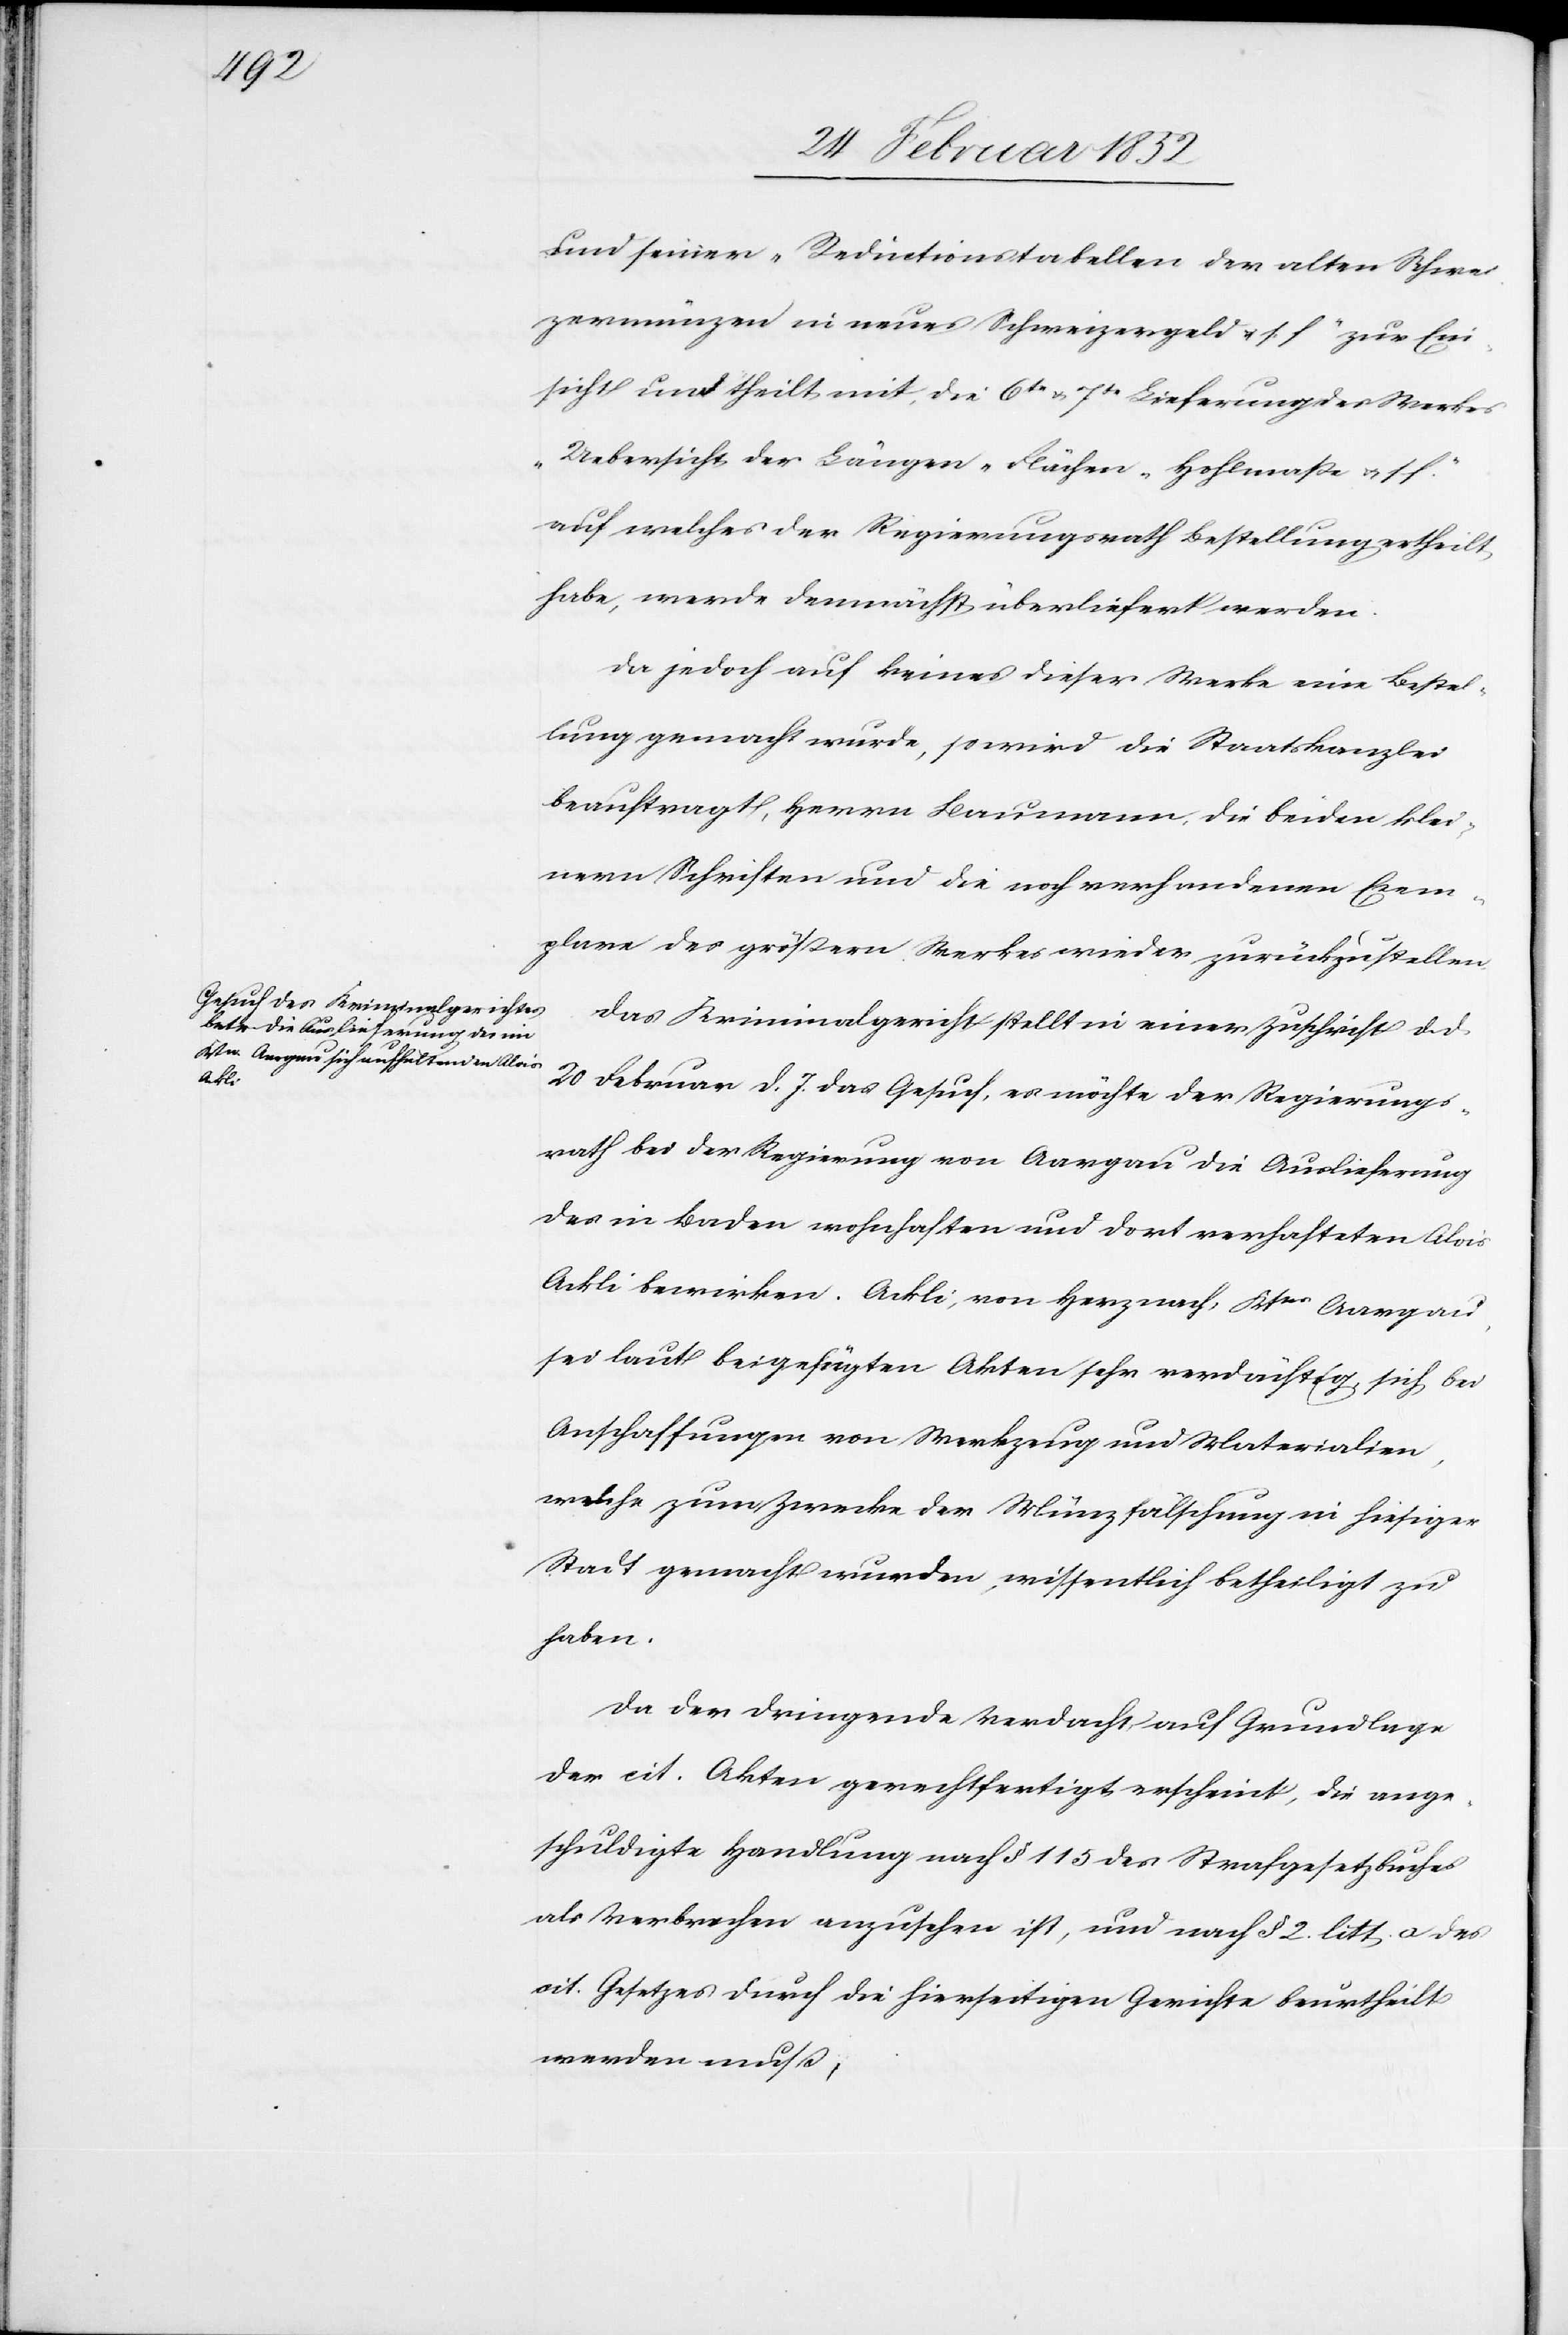
und seinen „Reductionsstellen der alten Schwei¬
zermünzen in neues Schweizergeld u. s. f.“ zur Ein¬
sicht und theilt mit, die 6te u. 7te Lieferung des Werkes
„Uebersicht der Längen- Flächen Hohlmaße u. s.
auf welches der Regierungsrath Bestellung ertheilt
habe, werde demnächst überliefert werden.
Da jedoch auf keines dieser Werke eine Bestel¬
lung gemacht wurde, so wird die Staatskanzlei
beauftragt, Herrn Baumann die beiden klei¬
nern Schriften und die noch vorhandenen Exem¬
plare des größern Werkes wieder zurückzustellen.
Das Kriminalgericht stellt in einer Zuschrift d. d.
20 Februar d. J. das Gesuch, es möchte der Regierungs¬
rath bei der Regierung von Aargau die Auslieferung
des in Baden wohnhaften und dort verhafteten Alois
Ackli bewirken. Ackli, von Herznach, Ktns Aargau,
sei laut beigefügten Akten sehr verdächtig, sich bei
Anschaffungen von Werkzeug und Materialien,
welche zum Zwecke der Münzfälschung in hiesiger
Stadt gemacht wurden, wissentlich betheiligt zu
haben.
Da der dringende Verdacht, auf Grundlage
der cit. Akten gerechtfertigt erscheint, die ange¬
schuldigte Handlung nach § 115 des Strafgesetzbuches
als Verbrechen anzusehen ist, und nach § 2. litt. a. des
cit. Gesetzes durch die hierseitigen Gerichte beurtheilt
werden muß,